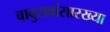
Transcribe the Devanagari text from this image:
बाबुरावांसारख्या